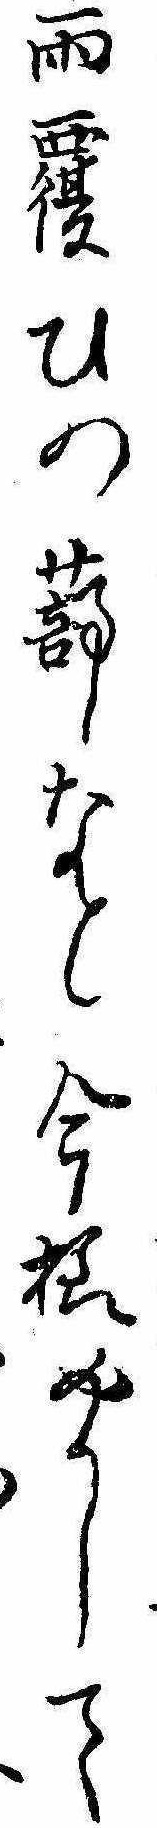
雨覆ひの蔀なと今様めかして